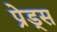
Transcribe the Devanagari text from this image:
प्रेड्स